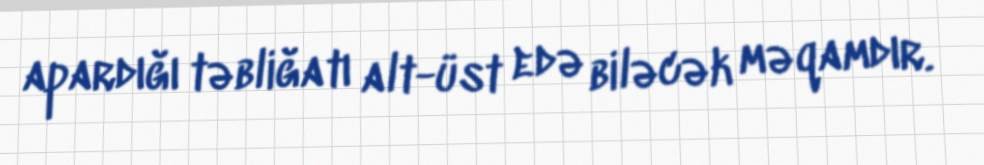
apardığı təbliğatı alt-üst edə biləcək məqamdır.